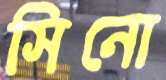
সিনো